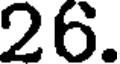
26.